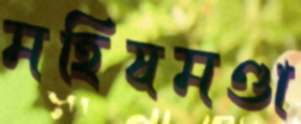
মহিষমণ্ডা